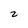
Character: 2